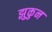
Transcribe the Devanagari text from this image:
झुकुन